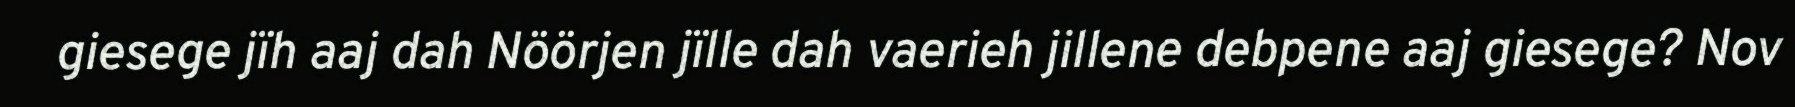
giesege jïh aaj dah Nöörjen jïlle dah vaerieh jillene debpene aaj giesege? Nov